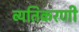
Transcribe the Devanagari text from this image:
व्यतिकरणी